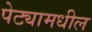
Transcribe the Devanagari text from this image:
पेट्यामधील